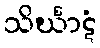
သိင်္ဃာဋံ